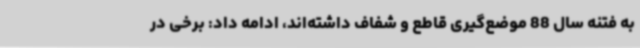
به فتنه سال 88 موضع‌گیری‌ قاطع و شفاف داشته‌اند، ادامه داد: برخی در